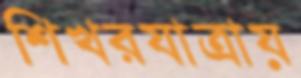
শিখরযাত্রায়